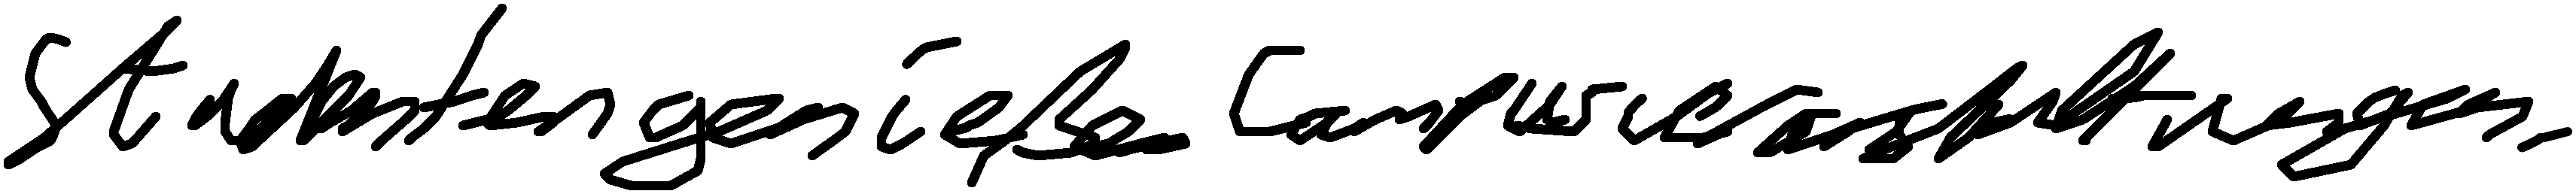
Studenten genießen Campusveranstaltungen.